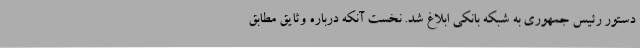
دستور رئیس جمهوری به شبکه بانکی ابلاغ شد. نخست آنکه درباره وثایق مطابق